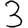
Digit: 3